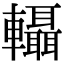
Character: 𨏴